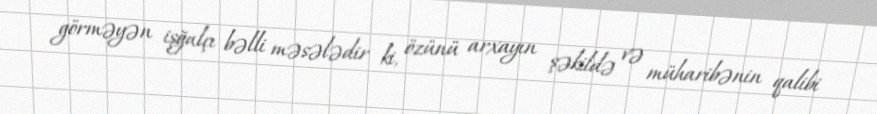
görməyən işğalçı bəlli məsələdir ki, özünü arxayın şəkildə və müharibənin qalibi